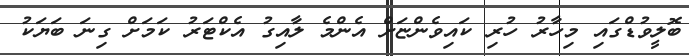
ބޮލީވުޑްގައި މިހާރު ހުރި ކައިވެންޏަށް އެންމެ ލާއިގު އެކްޓަރު ކަމަށް ގިނަ ބަޔަކު